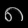
Digit: ၈